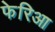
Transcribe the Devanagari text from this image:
फेरिआ